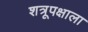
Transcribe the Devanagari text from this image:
शत्रूपक्षाला